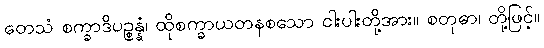
တေသံ စက္ခာဒိပဉ္စန္နံ၊ ထိုစက္ခာယတနစသော ငါးပါးတို့အား။ စတုဓာ၊ တို့ဖြင့်။